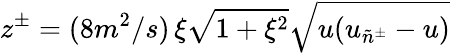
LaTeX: z^{\pm}=(8m^{2}/s)\, \xi\sqrt{1+\xi^{2}}\sqrt{u(u_{\tilde{n}^{\pm}}-u)}